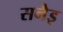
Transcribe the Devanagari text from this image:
सनैइ